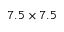
7 . 5 \times 7 . 5